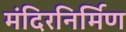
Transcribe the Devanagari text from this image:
मंदिरनिर्मिण